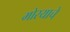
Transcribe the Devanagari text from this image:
मोरयाचे